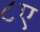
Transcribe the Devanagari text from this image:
८ए